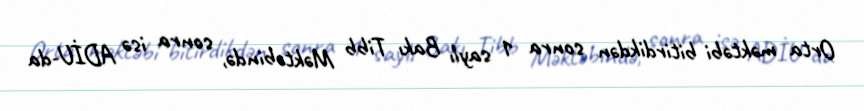
Orta məktəbi bitirdikdən sonra 1 saylı Bakı Tibb Məktəbində, sonra isə ADİU-da